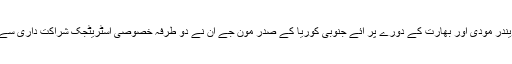
وزیر اعظم نریندر مودی اور بھارت کے دورے پر آئے جنوبی کوریا کے صدر مون جے ان نے دو طرفہ خصوصی اسٹریٹجک شراکت داری سے اتفاق کیا ہے۔